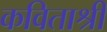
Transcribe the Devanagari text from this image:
कविताश्री